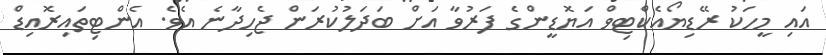
އައި މީހަކު ރޭޑިޔޯއެކްޓިވް އަޔޮޑީންގެ ފަރުވާ އަށް ބަދަލުކުރަން ޖެހިދާނެ އެވެ. އެންޓިތައިރޮއިޑް